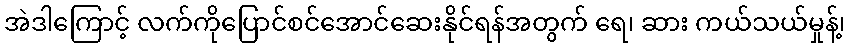
အဲဒါကြောင့် လက်ကိုပြောင်စင်အောင်ဆေးနိုင်ရန်အတွက် ရေ၊ ဆား ကယ်သယ်မှုန့်၊